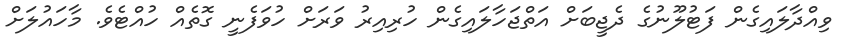
ވިއްދާލައިގެން ފަޓުލޫނުގެ ދެޖީބަށް އަތްޖަހާލައިގެން ހުރިއިރު ވަރަށް ހުވަފެނީ ގޮތެއް ހުއްޓެވެ. މާހައުލަށް